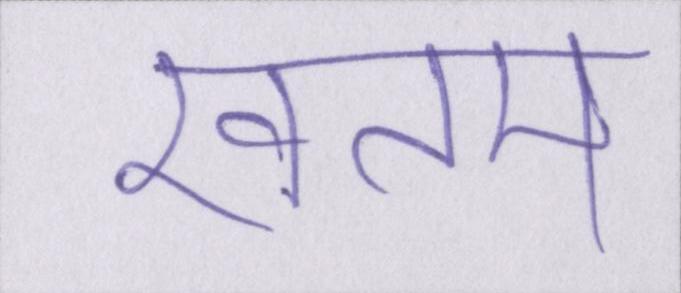
खतम